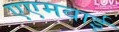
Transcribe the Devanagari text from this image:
एएमवाई